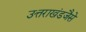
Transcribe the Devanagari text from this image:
उत्तराखंडजैसे